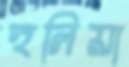
হুলিয়া